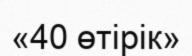
«40 өтірік»